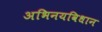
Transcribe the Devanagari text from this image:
अभिनयविधान